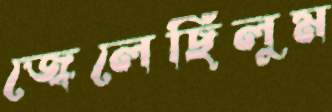
জ্বেলেছিলুম